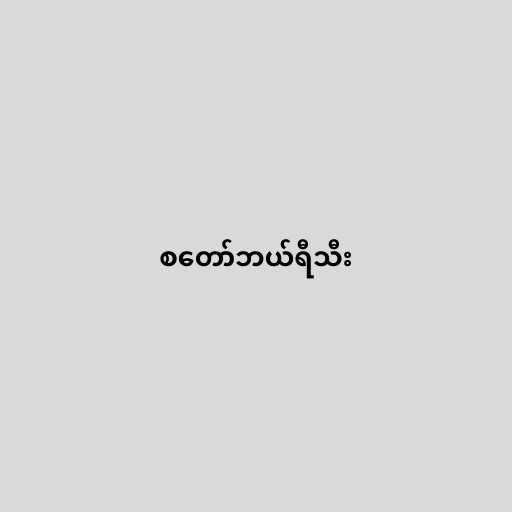
စတော်ဘယ်ရီသီး